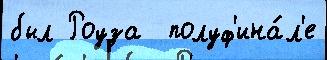
был Роуза  полуф'ина́л'е